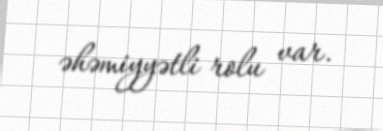
əhəmiyyətli rolu var.